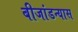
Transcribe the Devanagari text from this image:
बीजांडन्यास